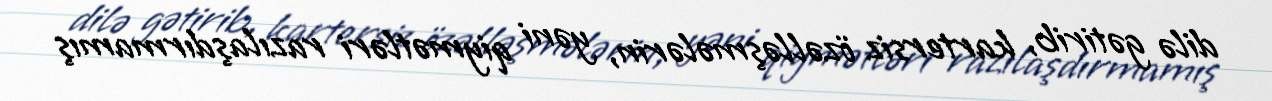
dilə gətirib, kartersiz özəlləşmələrin, yəni qiymətləri razılaşdırmamış